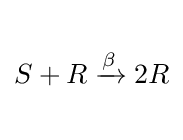
{\begin{matrix}{}\\S+R\xrightarrow {\beta } 2R\\{}\end{matrix}}